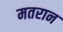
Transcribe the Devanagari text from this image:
मतरान